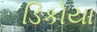
ડિકોયા